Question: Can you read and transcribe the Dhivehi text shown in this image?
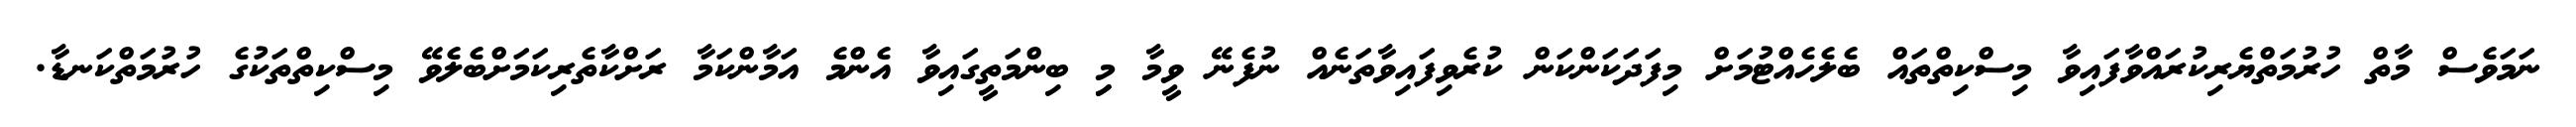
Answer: ނަމަވެސް މާތް ހުރުމަތްޔެރިކުރައްވާފައިވާ މިސްކިތްތައް ބެލެހެއްޓުމަށް މިފަދަކަންކަން ކުރެވިފައިވާތަނެއް ނުފެނޭ ވީމާ މިި ބިންމަތީގައިވާ އެންމެ އަމާންކަމާ ރަށްކާތެރިކަމަށްބެލެވޭ މިސްކިތްތަކުގެ ހުރުމަތްކަނޑާ.